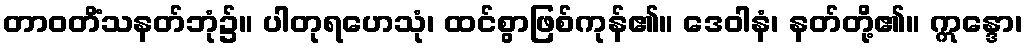
တာဝတိံသနတ်ဘုံ၌။ ပါတုရဟေသုံ၊ ထင်စွာဖြစ်ကုန်၏။ ဒေဝါနံ၊ နတ်တို့၏။ ဣန္ဒော၊